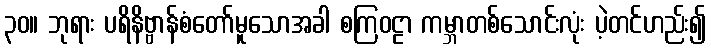
၃၀။ ဘုရား ပရိနိဗ္ဗာန်စံတော်မူသောအခါ စကြဝဠာ ကမ္ဘာတစ်သောင်းလုံး ပဲ့တင်ဟည်း၍